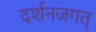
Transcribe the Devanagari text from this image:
दर्शनजगत्